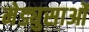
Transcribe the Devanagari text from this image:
मेड्युसाओं